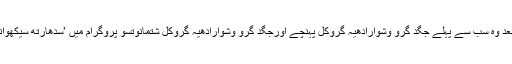
وزیر اعظم نریندر مودی اپنے پارلیمانی حلقے کے دورے پر آنے کے بعد وہ سب سے پہلے جگد گرو وشوارادھیہ گروکل پہنچے اورجگد گرو وشوارادھیہ گروکل شتمانوتسو پروگرام میں ’سدھارتھ سيكھواني گرنتھ‘ کتاب کا 19 زبانوں میں تراجم کے ساتھ ہی ایپ بھی لانچ کیا۔